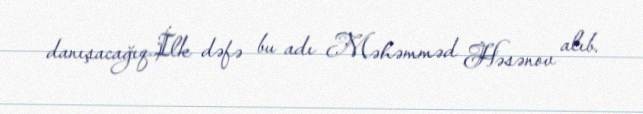
danışacağıq.İlk dəfə bu adı Məhəmməd Həsənov alıb.